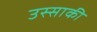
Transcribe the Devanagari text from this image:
उस्साकी